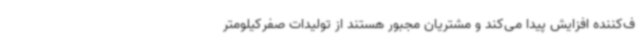
ف‌کننده افزایش پیدا می‌کند و مشتریان مجبور هستند از تولیدات صفرکیلومتر